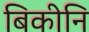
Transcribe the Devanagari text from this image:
बिकीनि